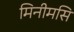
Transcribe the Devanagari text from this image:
मिनीमसि